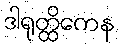
ဒါရုတ္ထိကေန